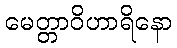
မေတ္တာဝိဟာရိနော